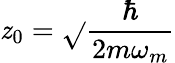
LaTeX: \mathit{z}_{0}=\sqrt{}{{\frac{{\hbar}}{{2m\omega_{m}}}}}